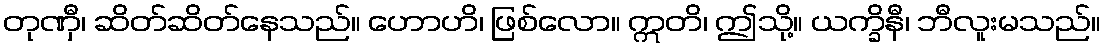
တုဏှီ၊ ဆိတ်ဆိတ်နေသည်။ ဟောဟိ၊ ဖြစ်လော။ ဣတိ၊ ဤသို့။ ယက္ခိနီ၊ ဘီလူးမသည်။